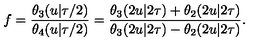
f = \frac { \theta _ { 3 } ( u | \tau / 2 ) } { \theta _ { 4 } ( u | \tau / 2 ) } = { \frac { \theta _ { 3 } ( 2 u | 2 \tau ) + \theta _ { 2 } ( 2 u | 2 \tau ) } { \theta _ { 3 } ( 2 u | 2 \tau ) - \theta _ { 2 } ( 2 u | 2 \tau ) } } .